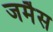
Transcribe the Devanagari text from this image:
जमैस